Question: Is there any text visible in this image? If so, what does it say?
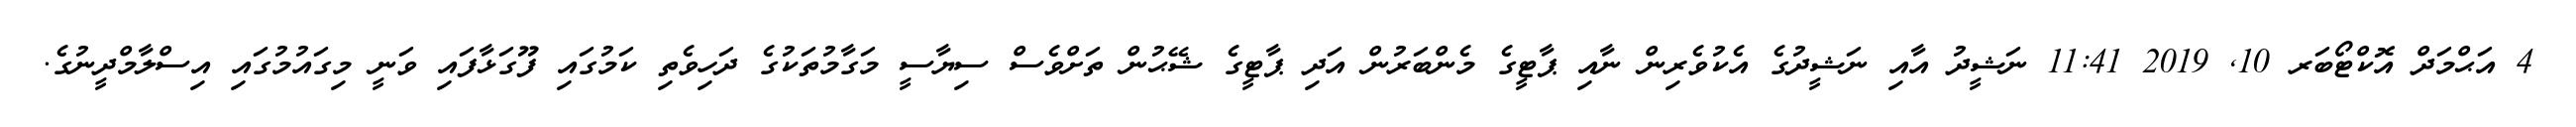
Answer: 4 އަޙްމަދް އޮކްޓޯބަރ 10, 2019 11:41 ނަޝީދު އާއި ނަޝީދުގެ އެކުވެރިން ނާއި ޕާޓީގެ މެންބަރުން އަދި ޕާޓީގެ ޝޭޙުން ތަށްވެސް ސިޔާސީ މަގާމުތަކުގެ ދަހިވެތި ކަމުގައި ފޫގަޅާފައި ވަނީ މިގައުމުގައި އިސްލާމްދީނުގެ.